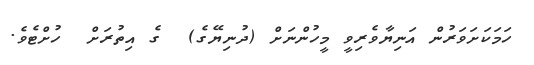
ހަމަކަށަވަރުން އަނިޔާވެރިވީ މީހުންނަށް (ދުނިޔޭގެ)  ގެ އިތުރަށް  ހުށްޓެވެ.